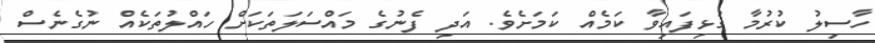
ހާސިލު ކުރުމާ ގުޅިފައިވާ ކަމެއް ކަމަށެވެ. އަދި ފެނުގެ މައްސަލަތަކަށް ހައްލުތަކެއް ނުގެނެސް